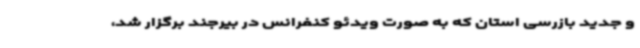
و جدید بازرسی استان که به صورت ویدئو کنفرانس در بیرجند برگزار شد،